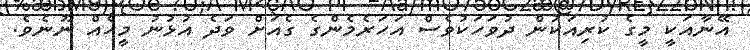
އޭނާއަކީ މީގެ ކުރިއަކުން ދުވަހަކުވެސް އަހަރެމެންގެ ގެއަށް ވަދެ އުޅުނު މީހެއް ނޫނެވެ.